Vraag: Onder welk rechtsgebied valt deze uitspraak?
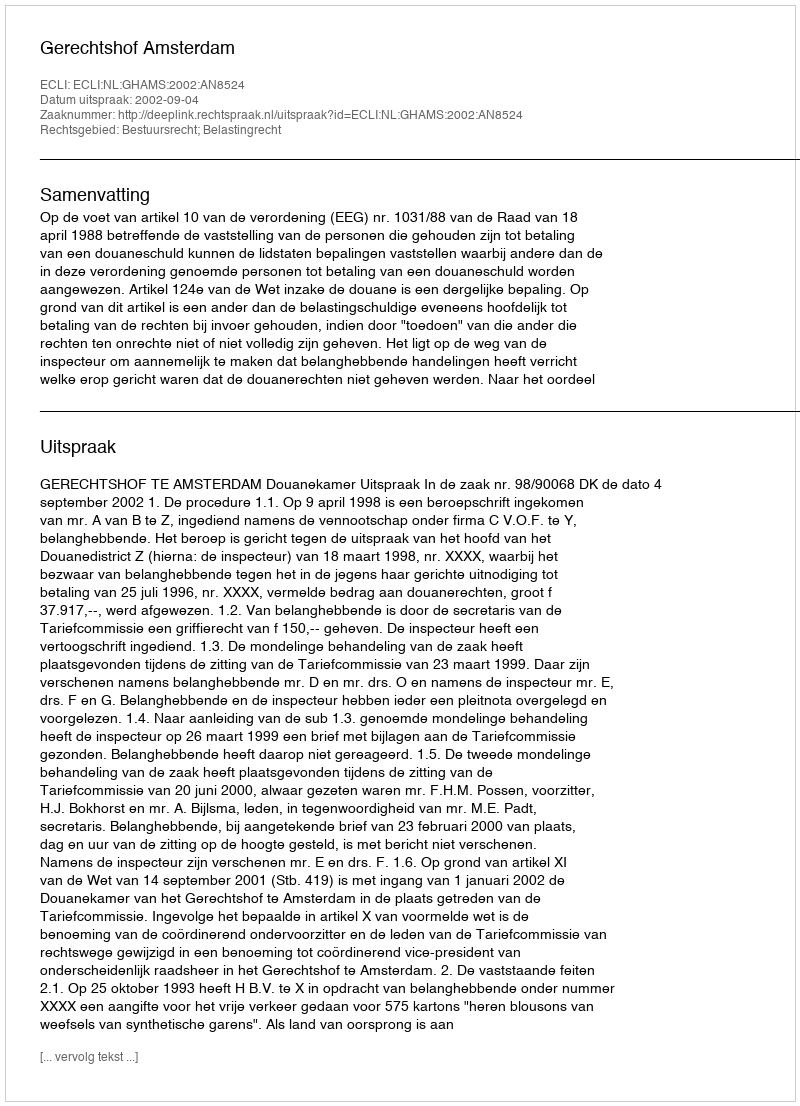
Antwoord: Bestuursrecht; Belastingrecht